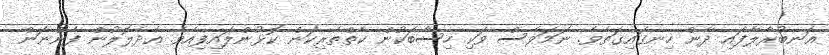
އަނބުރާލާފައި ދާން ހިނގައިގަތެވެ. ނަމަވެސް ވަކި ހިސާބަކުން ކެތްތެރިކަން ކޮޅުންލައިފިއެވެ. އެދެލޮލުން ފެންނަން